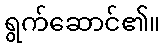
ရွက်ဆောင်၏။